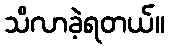
သိလာခဲ့ရတယ်။